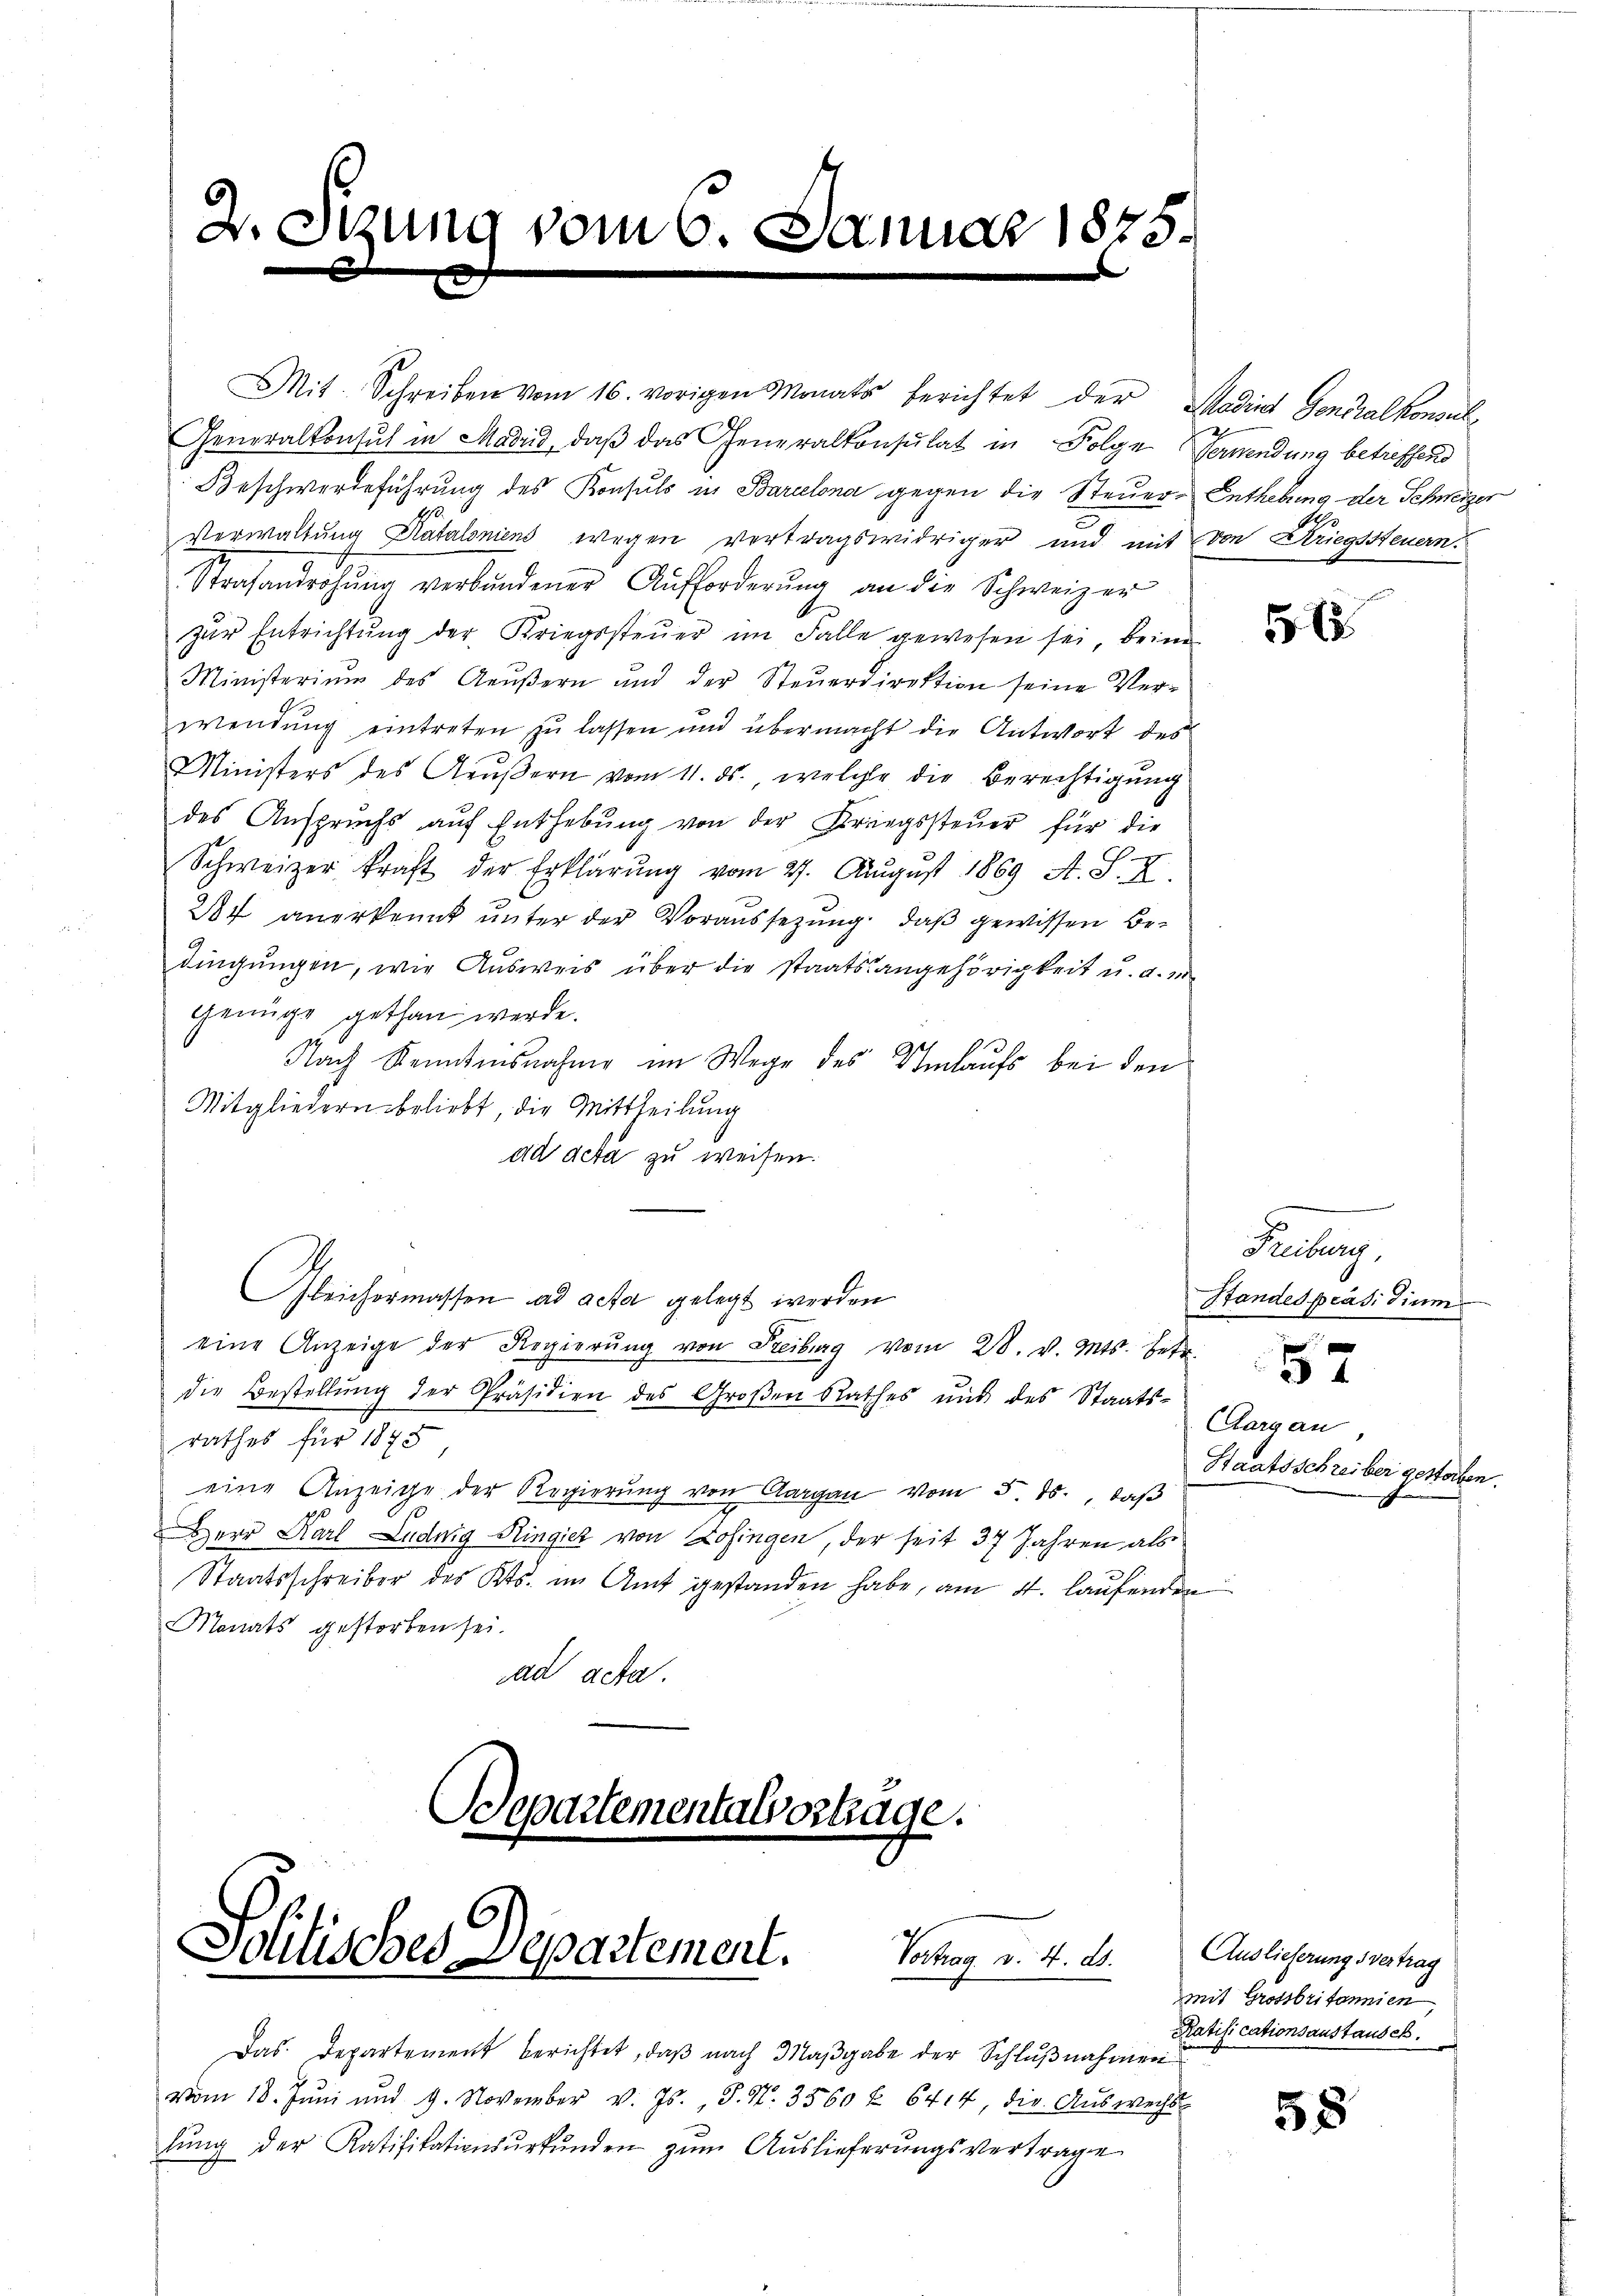
2. Sitzung vom 6. Januar 1825.

Mit Schreiben vom 16. vorigen Monats berichtet der Modind Generalkonsul¬
Generalkonsul in Madrid, daβ das Generalkonsulat in Folge Gerwendung betreffend
Beschwerdeführung des Konsuls in Barcelona gegen die Steuer-Enthebung der Schweizer
Verwaltung Kataloniens wegen vertragswidriger und mit von Kriegssteuern.
Strafandrohŭng verbundener Aufforderŭng an die Schweizer
zŭr Entrichtŭng der Kriegssteŭer im Falle gewesen sei, beim
Ministerium des Aeŭβern und der Steŭerdirektion seine Ver-
wendung eintreten zu lassen und übermacht die Antwort des
Ministers des Geŭβern vom 11. ds., welche die Berechtigung
des Anspruchs auf Enthebŭng von der Kriegssteuer für die
Schweizer kraft der Erklärŭng vom 27. August 1869 A. S. X.
37 anerkennt ŭnter der Voraussetzung. daβ gewissen Bedingungen, wie Ausweis über die Staatsangehörigkeit u. a. er
genüge gethan werde.
Nach Kenntnisnahme im Wege des Umlaufs bei den
Mitgliedern beliebt, die Mittheilung
ad acta zu weisen.
Gleichermassen ad acta gelegt werden
eine Anzeige der Regierŭng von Freiburg vom 28. v. Mts. Lebe
die Bestellŭng der Präsidien des Groβen Rathes und des Staats-
rathes für 1873
eine Anzeige der Regierŭng von Aargau vom 5. ds., daß
Herr Karl Luduig Ringier von Zofingen, der seit 37 Jahren als
Staatsschreiber des Kts. im Amt gestanden habe, am 4. laufenden
Monats gestorben sei.
ad acta.
Departementalvorträge.

Schilisches Departement.
Vertrag d. 4. ds.

Das Departement berichtet, daß nach Maßgabe der Schlußnahmen
vom 18. Jŭni und 9. November v. Js., S. Nr. 3560 f. 6414, die Aŭswechs
lung der Ratifikationsurkunden zum Auslieferungsvertrage

58

Reiberg.
Standespräsidium
57
Aargau,
Staatsschreiber gestorben.

Auslieferungsvertrag
mit Grossbritannien
Ratificationsanstausch.

58